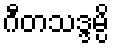
ဂီတသဒ္ဒမ္ပိ